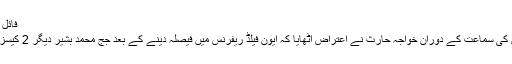
فائل فوٹو/ اے ایف پی
العزیزیہ ریفرنس کی سماعت کے دوران خواجہ حارث نے اعتراض اٹھایا کہ ایون فیلڈ ریفرنس میں فیصلہ دینے کے بعد جج محمد بشیر دیگر 2 کیسز نہیں سن سکتے۔